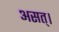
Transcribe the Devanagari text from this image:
असत्।